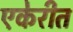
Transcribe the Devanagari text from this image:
एकेरीत